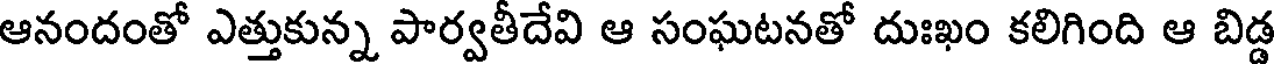
ఆనందంతో ఎత్తుకున్న పార్వతీదేవి ఆ సంఘటనతో దుఃఖం కలిగింది ఆ బిడ్డ